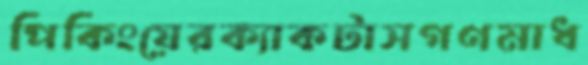
পিকিংয়েরক্যাকটাসগণমাধ